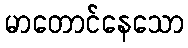
မာတောင်နေသော